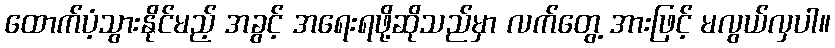
ထောက်ပံ့သွားနိုင်မည့် အခွင့် အရေးရဖို့ဆိုသည်မှာ လက်တွေ့ အားဖြင့် မလွယ်လှပါ။